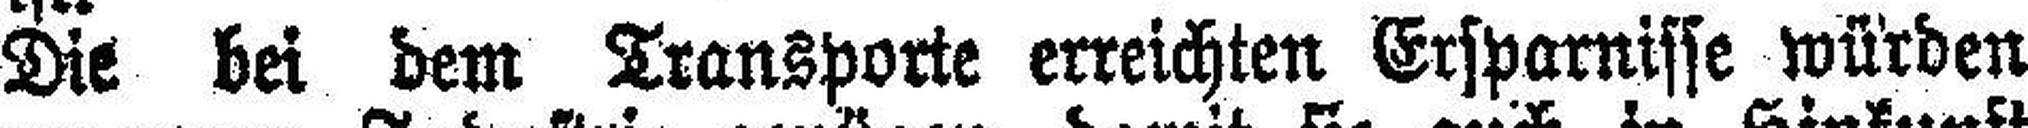
Die bei dem Transporte erreichten Ersparnisse würden